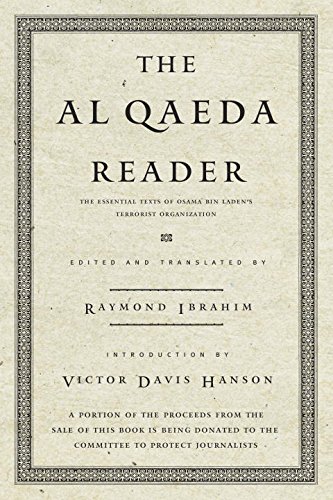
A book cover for The Al Qaeda Reader: The Essential Texts of Osama Bin Laden's Terrorist Organization; Religion & Spirituality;